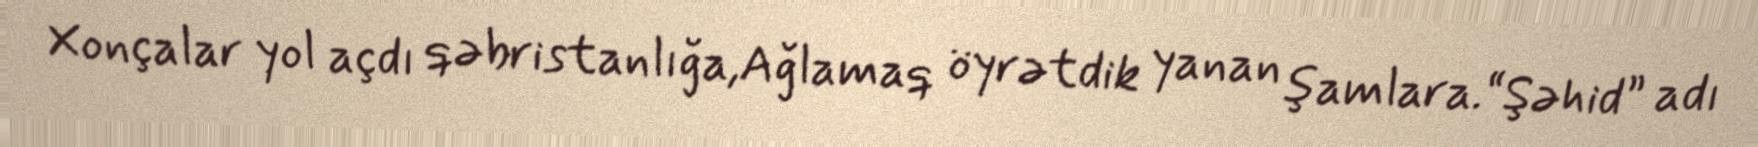
Xonçalar yol açdı qəbristanlığa,Ağlamaq öyrətdik yanan şamlara.“Şəhid” adı